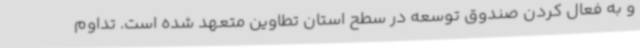
و به فعال کردن صندوق توسعه در سطح استان تطاوین متعهد شده است. تداوم